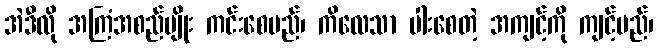
အဲဒီလို အကြံအစည်မျိုး ကင်းစေမည်၊ ကိလေသာ ပါးစေတဲ့ အကျင့်ကို ကျင့်မည်၊